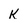
Character: k